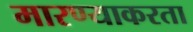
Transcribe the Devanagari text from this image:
मारण्याकरता